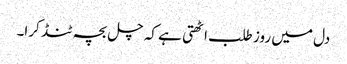
دل میں روز طلب اٹھتی ہے کہ چل بچہ ٹنڈ کرا۔